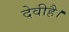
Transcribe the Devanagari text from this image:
देवीहै।